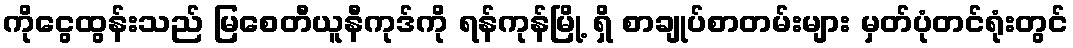
ကိုငွေထွန်းသည် မြစေတီယူနီကုဒ်ကို ရန်ကုန်မြို့ ရှိ စာချုပ်စာတမ်းများ မှတ်ပုံတင်ရုံးတွင်